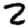
Digit: 2